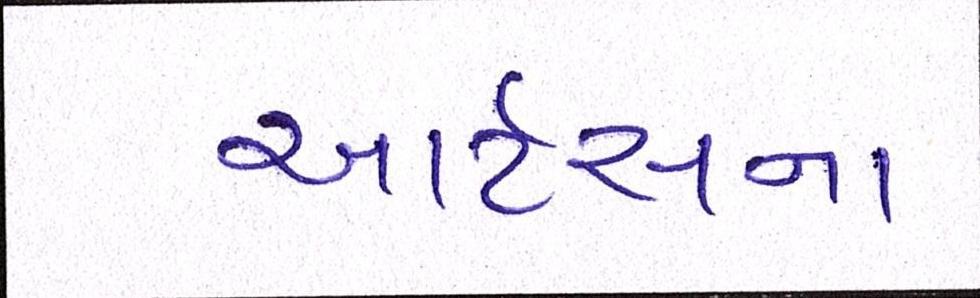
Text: આર્ટસના